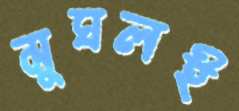
মুঘলই